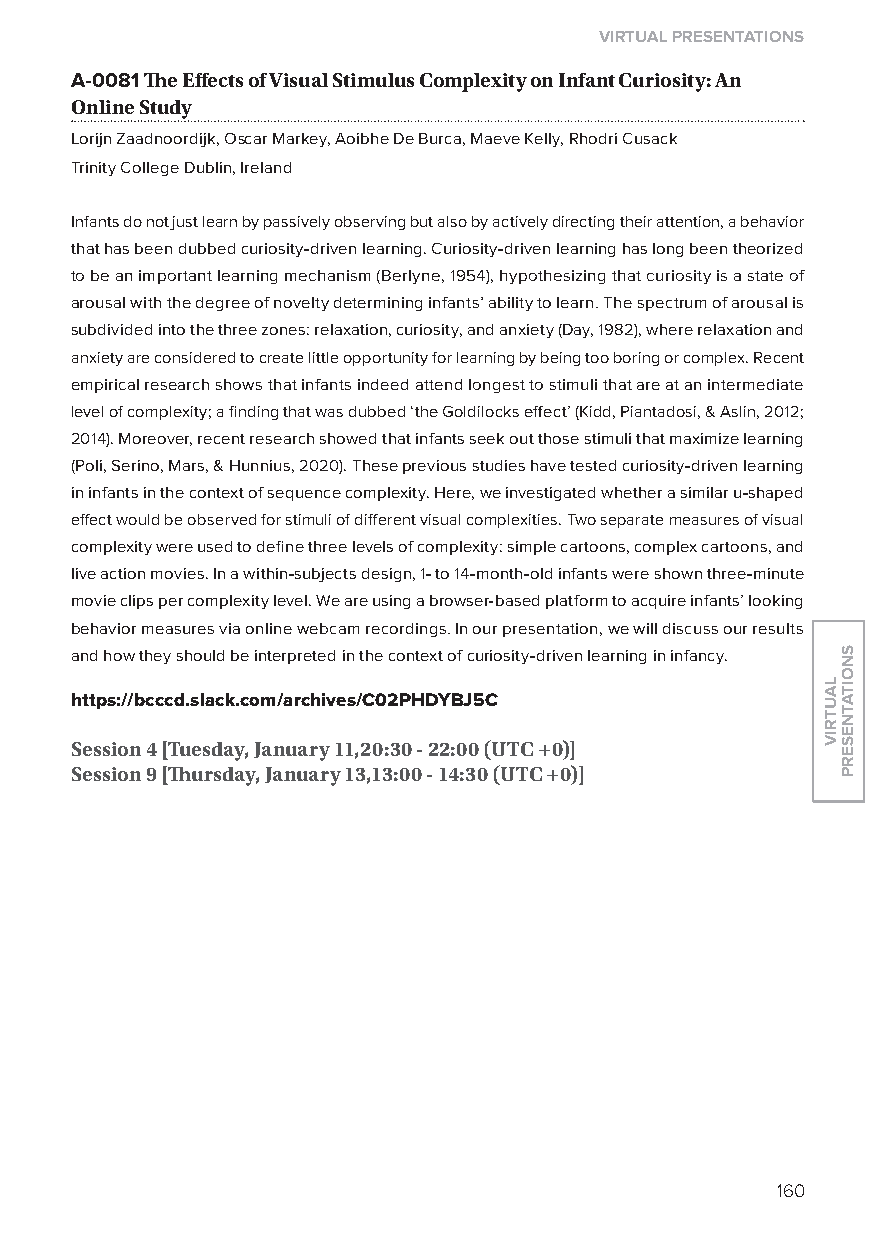
virtual presentations
 A-0081 The effects of visual stimulus Complexity on infant Curiosity: an
 Online study
 lorijn Zaadnoordijk, oscar Markey, Aoibhe De Burca, Maeve Kelly, Rhodri Cusack
 Trinity College Dublin, Ireland
 Infants do not just learn by passively observing but also by actively directing their attention, a behavior
 that has been dubbed curiosity-driven learning. Curiosity-driven learning has long been theorized
 to be an important learning mechanism (Berlyne, 1954), hypothesizing that curiosity is a state of
 arousal with the degree of novelty determining infants’ ability to learn. The spectrum of arousal is
 subdivided into the three zones: relaxation, curiosity, and anxiety (Day, 1982), where relaxation and
 anxiety are considered to create little opportunity for learning by being too boring or complex. Recent
 empirical research shows that infants indeed attend longest to stimuli that are at an intermediate
 level of complexity; a finding that was dubbed ‘the Goldilocks effect’ (Kidd, Piantadosi, & Aslin, 2012;
 2014). Moreover, recent research showed that infants seek out those stimuli that maximize learning
 (Poli, Serino, Mars, & Hunnius, 2020). These previous studies have tested curiosity-driven learning
 in infants in the context of sequence complexity. Here, we investigated whether a similar u-shaped
 effect would be observed for stimuli of different visual complexities. Two separate measures of visual
 complexity were used to define three levels of complexity: simple cartoons, complex cartoons, and
 live action movies. In a within-subjects design, 1- to 14-month-old infants were shown three-minute
 movie clips per complexity level. We are using a browser-based platform to acquire infants’ looking
 behavior measures via online webcam recordings. In our presentation, we will discuss our results
 and how they should be interpreted in the context of curiosity-driven learning in infancy.
 https://bcccd.slack.com/archives/C02phdyBJ5C
 session 4 [tuesday, January 11,20:30 - 22:00 (utC +0)]
 session 9 [Thursday, January 13,13:00 - 14:30 (utC +0)]
 160
 lautriv
 snoitatneserp